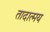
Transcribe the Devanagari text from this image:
तादात्मय